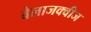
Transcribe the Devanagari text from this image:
वेलाजक्वीज